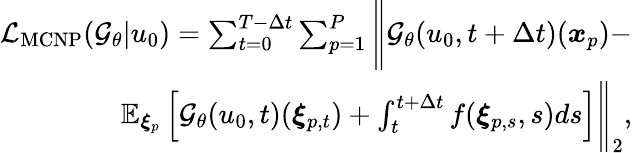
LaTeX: \begin{array}{r}{\mathcal{L}_{\operatorname{MCNP}}(\mathcal{G}_{\theta}|u_{0})=\sum_{t=0}^{T-\Delta t}\sum_{p=1}^{P}\Bigg\| \mathcal{G}_{\theta}(u_{0},t+\Delta t)(\boldsymbol{x}_{p})-}\\ {\mathbb{E}_{\boldsymbol{\xi}_{p}}\left[\mathcal{G}_{\theta}(u_{0},t)(\boldsymbol{\xi}_{p,t})+\int_{t}^{t+\Delta t}f(\boldsymbol{\xi}_{p,s},s)ds\right]\Bigg\| _{2},}\end{array}